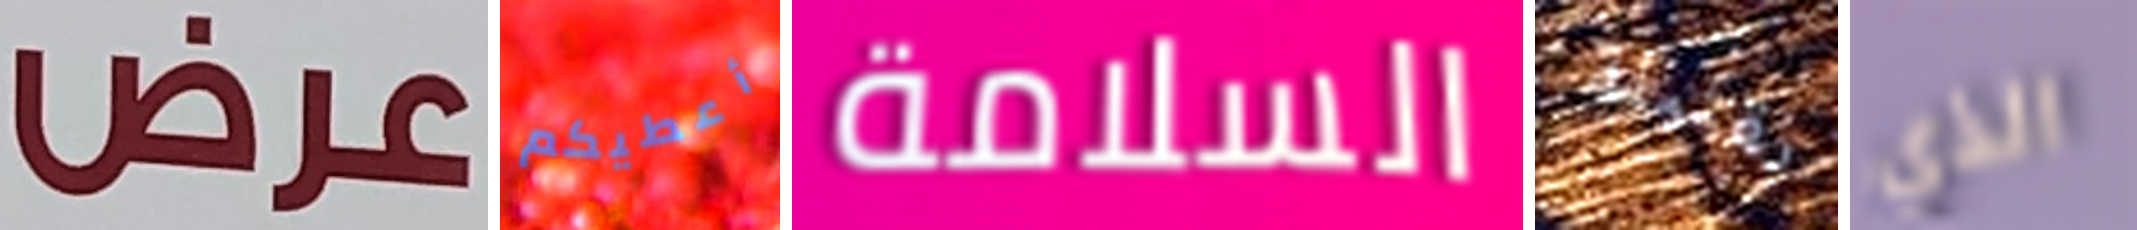
عرض أعطيكم السلامة بقنبلة الذي